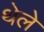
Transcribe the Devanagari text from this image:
थेले